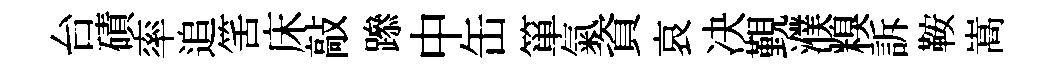
台磧率追筈床敲𨅶中缶箪氣資哀决覲濮糗訴鞍嵩